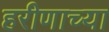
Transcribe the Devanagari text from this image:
हरीणाच्या